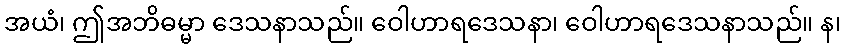
အယံ၊ ဤအဘိဓမ္မာ ဒေသနာသည်။ ဝေါဟာရဒေသနာ၊ ဝေါဟာရဒေသနာသည်။ န၊